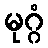
မုဂ္ဂံ